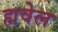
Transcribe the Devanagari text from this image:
ह्मवेल